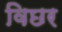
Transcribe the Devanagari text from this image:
विछर